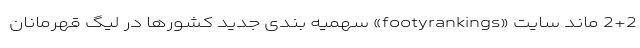
2+2 ماند سایت «footyrankings» سهمیه بندی جدید کشورها در لیگ قهرمانان